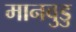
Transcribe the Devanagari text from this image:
मानवुडु